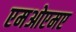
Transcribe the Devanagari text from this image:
एमओएमए